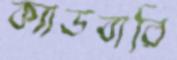
ক্যাডবারি